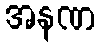
အနဏ